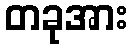
တခုအား